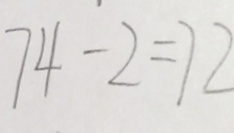
7 4 - 2 = 7 2